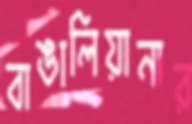
বাঙালিয়ানার